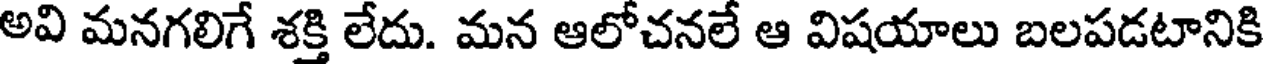
అవి మనగలిగే శక్తి లేదు. మన ఆలోచనలే ఆ విషయాలు బలపడటానికి